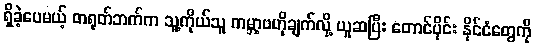
ရှိခဲ့ပေမယ့် တရုတ်ဘက်က သူ့ကိုယ်သူ ကမ္ဘာ့ဗဟိုချက်လို့ ယူဆပြီး တောင်ပိုင်း နိုင်ငံတွေကို